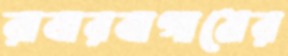
রাবারবাগামের